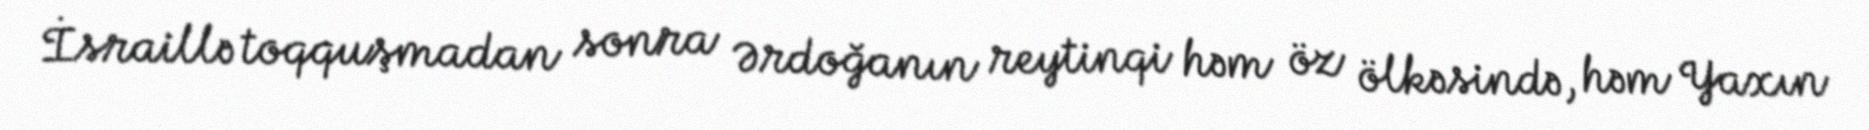
İsraillə toqquşmadan sonra Ərdoğanın reytinqi həm öz ölkəsində, həm Yaxın